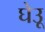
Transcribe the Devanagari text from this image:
घेउू